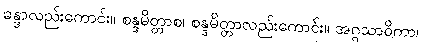
ခန္ဒာလည်းကောင်း။ စန္ဒမိတ္တာစ၊ စန္ဒမိတ္တာလည်းကောင်း။ အဂ္ဂသာဝိကာ၊